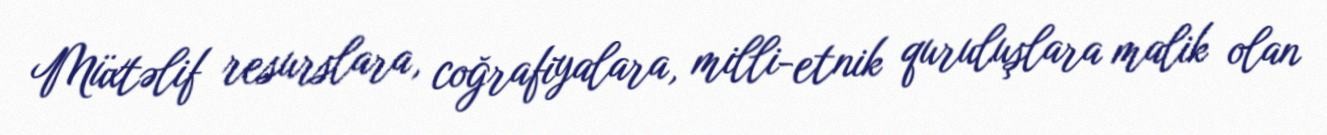
Müxtəlif resurslara, coğrafiyalara, milli-etnik quruluşlara malik olan